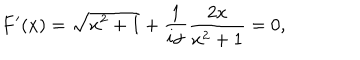
F ^ { \prime } ( x ) = \sqrt { x ^ { 2 } + 1 } + { \frac { 1 } { i \alpha } } { \frac { 2 x } { x ^ { 2 } + 1 } } = 0 ,